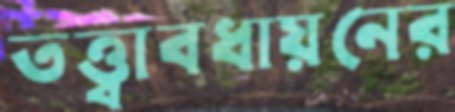
তত্ত্বাবধায়নের